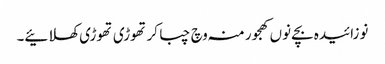
نوزائیدہ بچے نو‏‏ں کھجور منہ وچ چبا کر تھوڑی تھوڑی کھلائیے۔